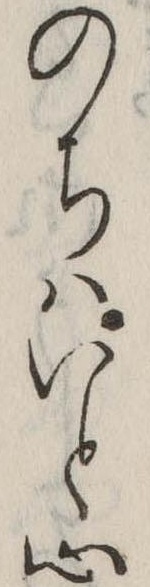
のちはいと心